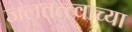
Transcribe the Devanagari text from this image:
जलतत्त्वाच्या